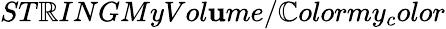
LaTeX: ST\mathbb{R}INGMyVol\mathbf{u}me/\mathbb{C}olormy_{c}olor